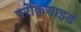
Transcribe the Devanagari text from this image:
पराकसाइड